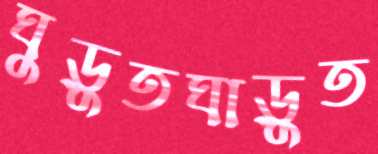
ঘুড়ুতঘাড়ুত